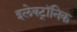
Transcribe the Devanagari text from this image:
इलेक्‍ट्रॉनिक